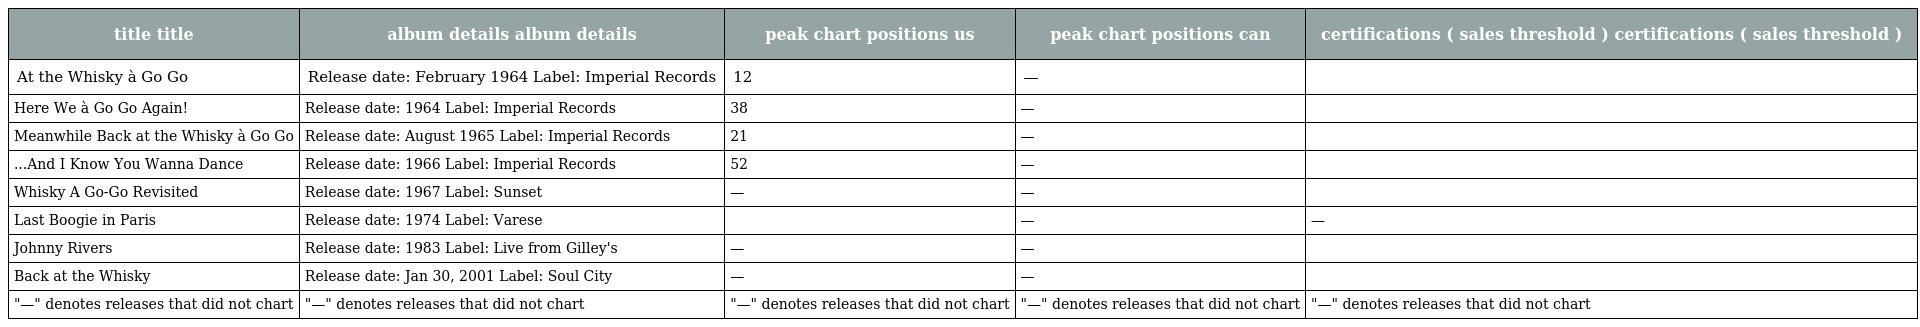
| title title | album details album details | peak chart positions us | peak chart positions can | certifications ( sales threshold ) certifications ( sales threshold ) |
 | --- | --- | --- | --- | --- |
 | At the Whisky à Go Go | Release date: February 1964 Label: Imperial Records | 12 | — |  |
 | Here We à Go Go Again! | Release date: 1964 Label: Imperial Records | 38 | — |  |
 | Meanwhile Back at the Whisky à Go Go | Release date: August 1965 Label: Imperial Records | 21 | — |  |
 | ...And I Know You Wanna Dance | Release date: 1966 Label: Imperial Records | 52 | — |  |
 | Whisky A Go-Go Revisited | Release date: 1967 Label: Sunset | — | — |  |
 | Last Boogie in Paris | Release date: 1974 Label: Varese |  | — | — |
 | Johnny Rivers | Release date: 1983 Label: Live from Gilley's | — | — |  |
 | Back at the Whisky | Release date: Jan 30, 2001 Label: Soul City | — | — |  |
 | "—" denotes releases that did not chart | "—" denotes releases that did not chart | "—" denotes releases that did not chart | "—" denotes releases that did not chart | "—" denotes releases that did not chart |